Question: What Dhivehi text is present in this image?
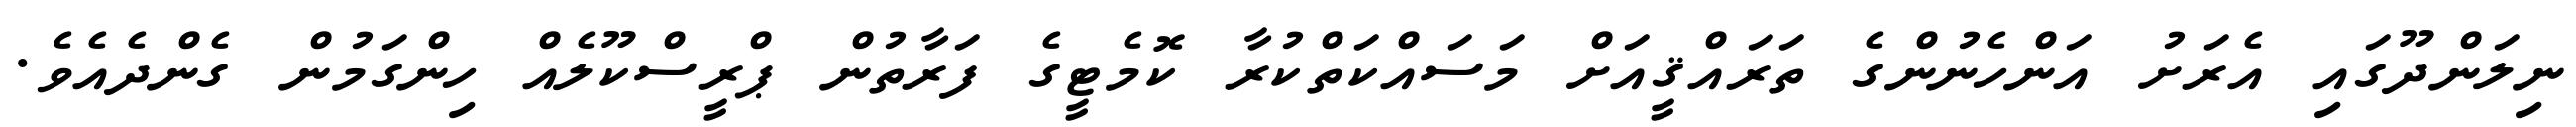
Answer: ނިލަންދޫގައި އެރަށު އަންހެނުންގެ ތަރައްޤީއަށް މަސައްކަތްކުރާ ކޮމެޓީގެ ފަރާތުން ޕްރީސްކޫލެއް ހިންގަމުން ގެންދެއެވެ.